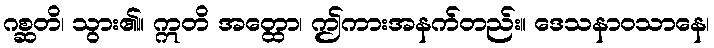
ဂစ္ဆတိ၊ သွား၏။ ဣတိ အတ္ထော၊ ဤကားအနက်တည်း။ ဒေသနာဝသာနေ၊